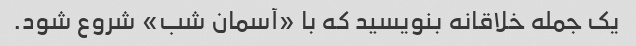
یک جمله خلاقانه بنویسید که با «آسمان شب» شروع شود.